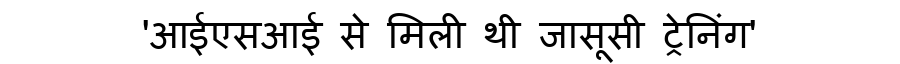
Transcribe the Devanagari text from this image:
'आईएसआई से मिली थी जासूसी ट्रेनिंग'